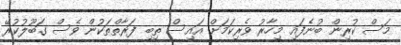
މަސް ކުރިން ބުނެފައި މިހާރު ވެރިކަމަށް އައިސް ތިބި ފަރާތްތަކުން ވެސް ގަބޫލުކުރޭ